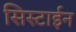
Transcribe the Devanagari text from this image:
सिस्टाईन